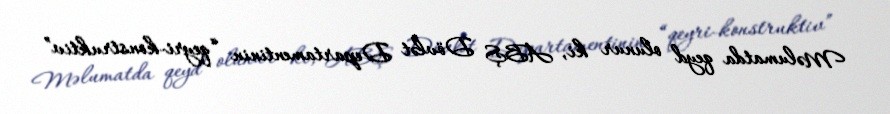
Məlumatda qeyd olunur ki, ABŞ Dövlət Departamentinin “qeyri-konstruktiv”